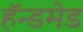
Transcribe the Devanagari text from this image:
हॅन्डमेड